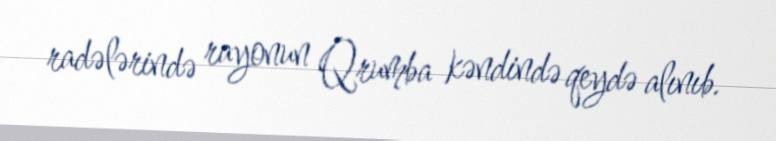
radələrində rayonun Qrumba kəndində qeydə alınıb.